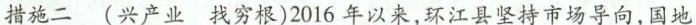
措施二 (兴产业 找穷根)2016年以来，环江县坚持市场导向，国地